画像に写った文字を読んでください
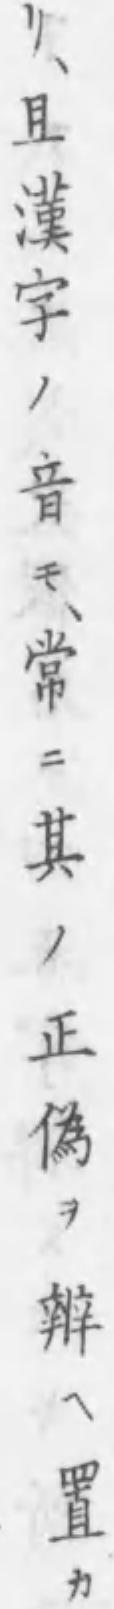
「リ、且漢字ノ音モ、常ニ其ノ正偽ヲ辨ヘ置カ」と書いてあります